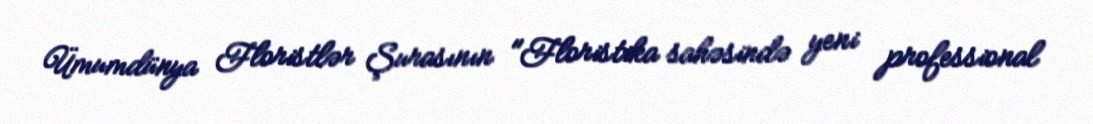
Ümumdünya Floristlər Şurasının "Floristika sahəsində yeni professional